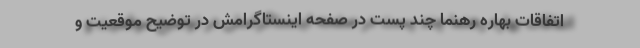
اتفاقات بهاره رهنما چند پست در صفحه اینستاگرامش در توضیح موقعیت و